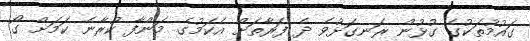
ގައުމުތަކުގެ ގުޅުން ރަނގަޅުވެ ދެ ފަރާތަށް އެކަމުގެ މަންފާ ކުރާނެ ކަމަށް ގޯ